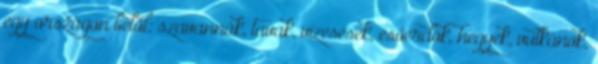
egy országon belül: szavannák, tavak, vízesések, esőerdők, hegyek, vulkánok,